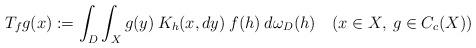
LaTeX: \begin{align*} T_fg(x):= \int_D\int_X g(y) \> K_h(x,dy)\> f(h) \> d\omega_D(h)\quad(x\in X, \> g\in C_c(X))\end{align*}